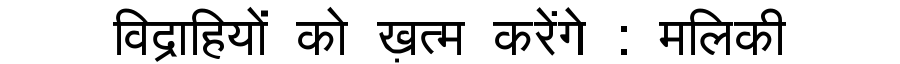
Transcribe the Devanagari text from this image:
विद्राहियों को ख़त्म करेंगे : मलिकी